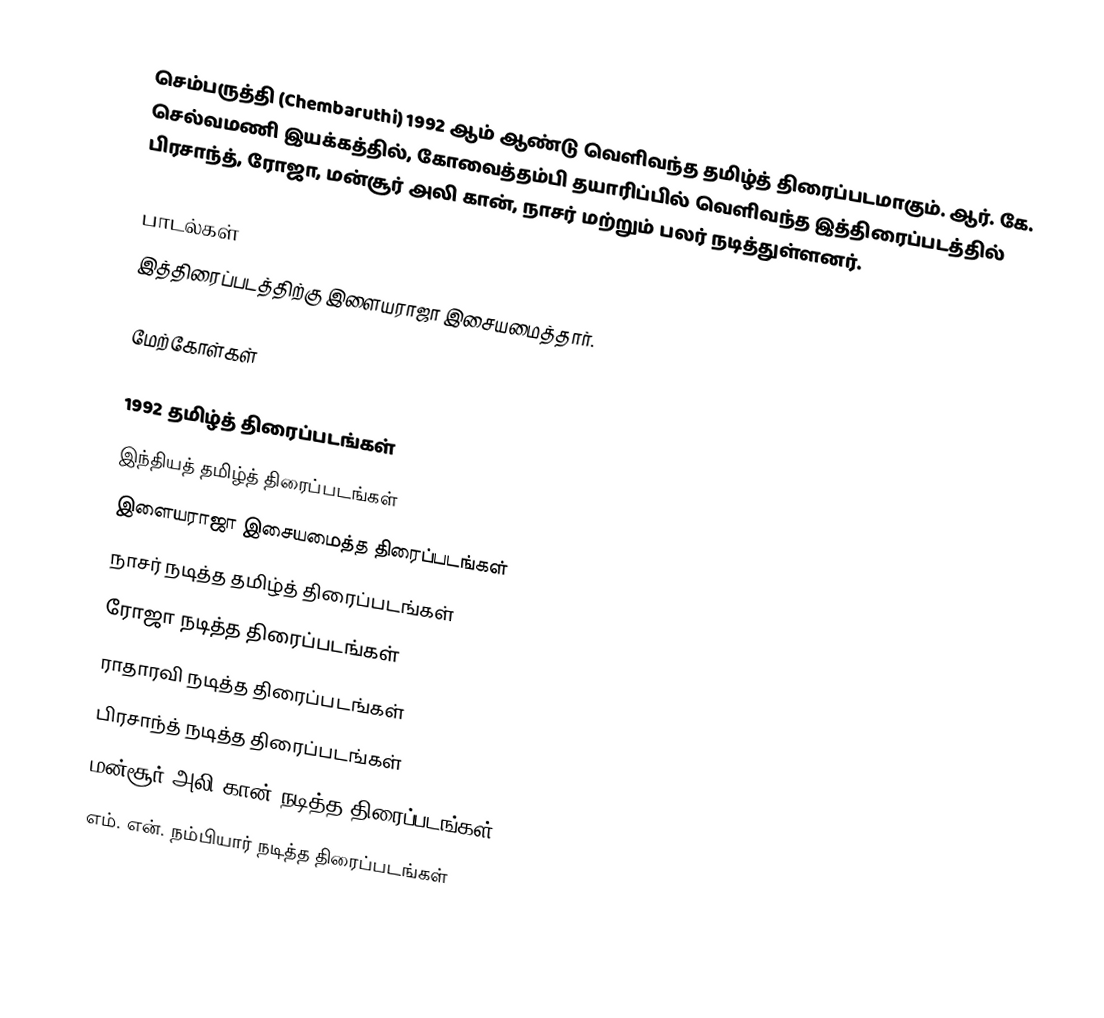
செம்பருத்தி (Chembaruthi) 1992 ஆம் ஆண்டு வெளிவந்த தமிழ்த் திரைப்படமாகும். ஆர். கே. செல்வமணி இயக்கத்தில், கோவைத்தம்பி தயாரிப்பில் வெளிவந்த இத்திரைப்படத்தில் பிரசாந்த், ரோஜா, மன்சூர் அலி கான், நாசர் மற்றும் பலர் நடித்துள்ளனர்.

பாடல்கள்
இத்திரைப்படத்திற்கு இளையராஜா இசையமைத்தார்.

மேற்கோள்கள்

1992 தமிழ்த் திரைப்படங்கள்
இந்தியத் தமிழ்த் திரைப்படங்கள்
இளையராஜா இசையமைத்த திரைப்படங்கள்
நாசர் நடித்த தமிழ்த் திரைப்படங்கள்
ரோஜா நடித்த திரைப்படங்கள்
ராதாரவி நடித்த திரைப்படங்கள்
பிரசாந்த் நடித்த திரைப்படங்கள்
மன்சூர் அலி கான் நடித்த திரைப்படங்கள்
எம். என். நம்பியார் நடித்த திரைப்படங்கள்